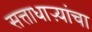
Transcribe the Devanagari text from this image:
सत्ताधाऱ्यांचा